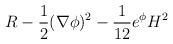
LaTeX: \begin{align*}R-{1 \over 2}(\nabla \phi )^2-{1 \over 12} e^{\phi}H^2\end{align*}